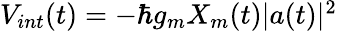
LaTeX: \begin{array}{r}{V_{int}(t)=-\hbar g_{m}X_{m}(t)|a(t)|^{2}}\end{array}